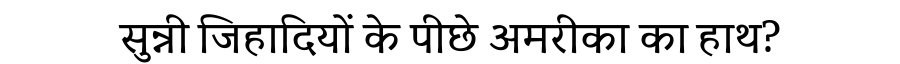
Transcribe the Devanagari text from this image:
सुन्नी जिहादियों के पीछे अमरीका का हाथ?